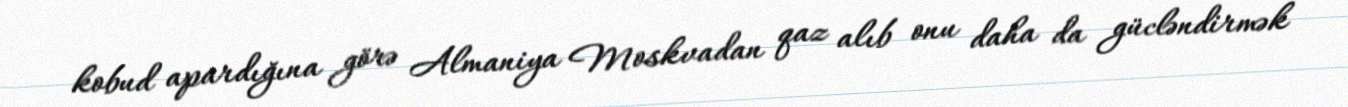
kobud apardığına görə Almaniya Moskvadan qaz alıb onu daha da gücləndirmək